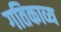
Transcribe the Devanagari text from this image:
गतिकाव्य